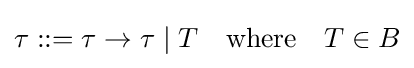
\tau ::=\tau \to \tau \mid T\quad \mathrm {where} \quad T\in B